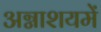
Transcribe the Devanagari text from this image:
अग्नाशयमें